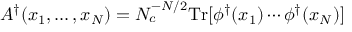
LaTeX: A ^ { \dagger } ( x _ { 1 } , \ldots , x _ { N } ) = N _ { c } ^ { - N / 2 } \mathrm { T r } [ \phi ^ { \dagger } ( x _ { 1 } ) \cdots \phi ^ { \dagger } ( x _ { N } ) ]